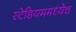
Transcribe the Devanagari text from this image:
स्टेडियममध्येच